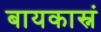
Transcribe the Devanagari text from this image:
बायकास्नं